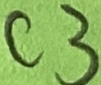
Text: C3